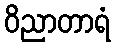
ဝိညာတာရံ